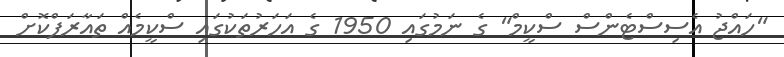
"ހައްޖު އެސިސްޓެންސް ސްކީމް" ގެ ނަމުގައި 1950 ގެ އަހަރުތަކުގައި ސްކީމެއް ތައާރަފްކޮށް